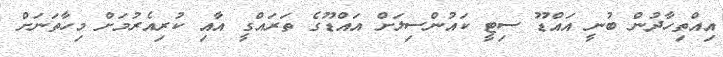
އިއްތިހާދުން ބުނީ އައްޑޫ ސިޓީ ކައުންސިލަށް އައްޑޫގެ ތަރައްގީ އާއި ކުރިއެރުމަށް މިހާތަނަށް